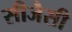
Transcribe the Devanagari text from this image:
सीजैसी